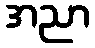
အညာ